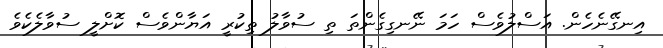
އިނގޭނެހެން. އަސްލުވެސް ހަމަ ނޭނގިގެންތަ ތި ސުވާލު ތިކުރީ އަޔާންވެސް ކޮށްލީ ސުވާލެކެވެ